Report of the Indian Hemp Drugs Commission, 1894-1895 - Volume I
Year: 1894
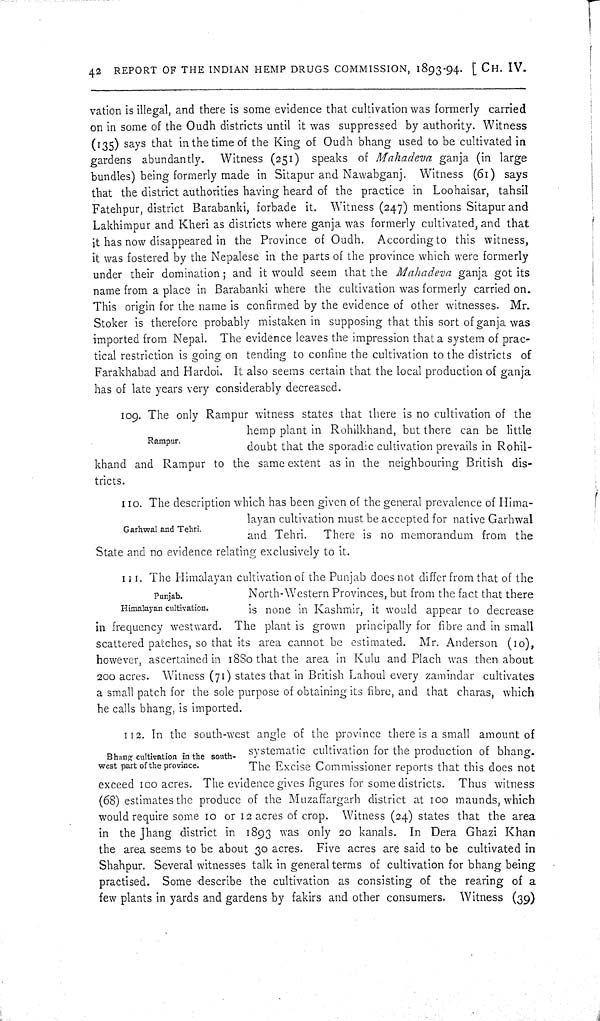
42 REPORT OF THE INDIAN HEMP DRUGS COMMISSION, 1893-94. [CH. IV.
vation is illegal, and there is some evidence that cultivation was formerly carried
on in some of the Oudh districts until it was suppressed by authority. Witness
(135) says that in the time of the King of Oudh bhang used to be cultivated in
gardens abundantly.
Witness (251) speaks of Mahadeva ganja (in large
bundles) being formerly made in Sitapur and Nawabganj. Witness (61) says
that the district authorities having heard of the practice in Loohaisar, tahsil
Fatehpur, district Barabanki, forbade it. Witness (247) mentions Sitapur and
Lakhimpur and Kheri as districts where ganja was formerly cultivated, and that
it has now disappeared in the Province of Oudh. According to this witness,
it was fostered by the Nepalese in the parts of the province which were formerly
under their domination; and it would seem that the Mahadeva ganja got its
name from a place in Barabanki where the cultivation was formerly carried on.
This origin for the name is confirmed by the evidence of other witnesses. Mr.
Stoker is therefore probably mistaken in supposing that this sort of ganja was
imported from Nepal. The evidence leaves the impression that a system of prac-
tical restriction is going on tending to confine the cultivation to the districts of
Farakhabad and Hardoi. It also seems certain that the local production of ganja
has of late years very considerably decreased.
Rampur.
109. The only Rampur witness states that there is no cultivation of the
hemp plant in Rohilkhand, but there can be little
doubt that the sporadic cultivation prevails in Rohil-
khand and Rampur to the same extent as in the neighbouring British dis-
tricts.
Garhwal and Tehri.
110. The description which has been given of the general prevalence of Hima-
layan cultivation must be accepted for native Garhwal
and Tehri.
There is no memorandum from the
State and no evidence relating exclusively to it.
Punjab.
Himalayan cultivation.
111. The Himalayan cultivation of the Punjab does not differ from that of the
North-Western Provinces, but from the fact that there
is none in Kashmir, it would appear to decrease
in frequency westward. The plant is grown principally for fibre and in small
scattered patches, so that its area cannot be estimated. Mr. Anderson (10),
however, ascertained in 1880 that the area in Kulu and Plach was then about
200 acres. Witness (71) states that in British Lahoul every zamindar cultivates
a small patch for the sole purpose of obtaining its fibre, and that charas, which
he calls bhang, is imported.
Bhang cultivation in the south-
west part of the province.
112. In the south-west angle of the province there is a small amount of
systematic cultivation for the production of bhang.
The Excise Commissioner reports that this does not
exceed 100 acres. The evidence gives figures for some districts. Thus witness
(68) estimates the produce of the Muzaffargarh district at 100 maunds, which
would require some 10 or 12 acres of crop. Witness (24) states that the area
in the Jhang district in 1893 was only 20 kanals. In Dera Ghazi Khan
the area seems to be about 30 acres. Five acres are said to be cultivated in
Shahpur. Several witnesses talk in general terms of cultivation for bhang being
practised. Some describe the cultivation as consisting of the rearing of a
few plants in yards and gardens by fakirs and other consumers. Witness (39)